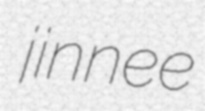
jinnee